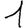
Digit: 1